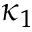
\kappa _ { 1 }